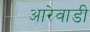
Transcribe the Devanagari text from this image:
आरेवाडी